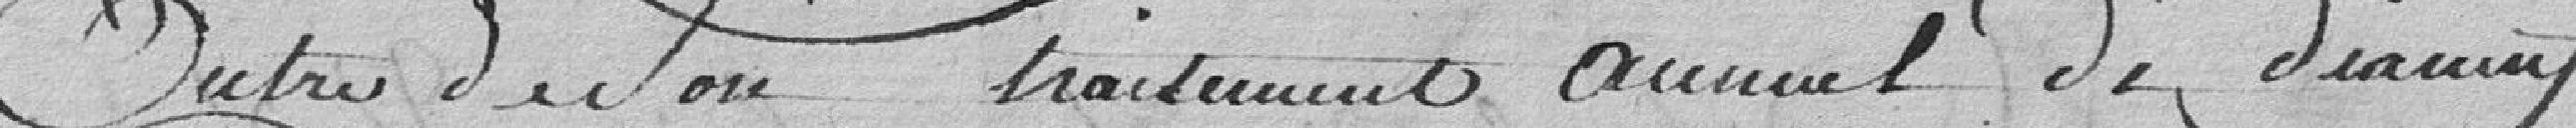
outre son traitement annuel de dix neuf